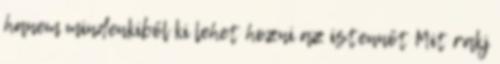
hanem mindenkiből ki lehet hozni az istennőt Mit rakj